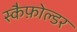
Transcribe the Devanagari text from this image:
स्कैफ़ोल्डर